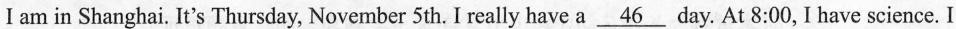
I am in Shanghai. It's Thursday, November 5th. I really have a \underline{46} day. At 8:00, I have science. I